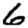
Digit: 6